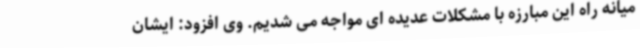
میانه راه این مبارزه با مشکلات عدیده ای مواجه می شدیم. وی افزود: ایشان